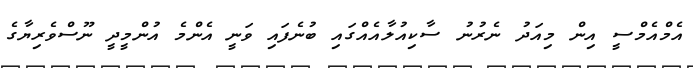
އެމްއެމްސީ އިން މިއަދު ނެރުނު ސާކިއުލާއެއްގައި ބުނެފައި ވަނީ އެންމެ އުންމީދީ ނޫސްވެރިޔާގެ